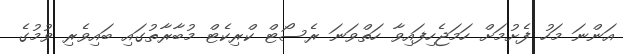
އަންނަ މަހު ފެށުމަށް ހަމަޖެހިފައިވާ ހަތްވަނަ ރެސޯޓް ކްރިކެޓް މުބާރާތުގައި ބައިވެރި ވުމުގެ